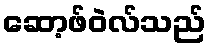
ဆော့ဖ်ဝဲလ်သည်